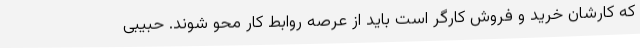
که کارشان خرید و فروش کارگر است باید از عرصه روابط کار محو شوند. حبیبی